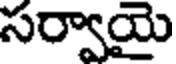
సర్వాయై